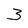
Character: 3